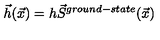
\vec { h } ( \vec { x } ) = h \vec { S } ^ { g r o u n d - s t a t e } ( \vec { x } )